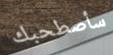
سأصطحبك